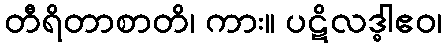
တီရိတာစာတိ၊ ကား။ ပဋိလဒ္ဓါဧဝ၊